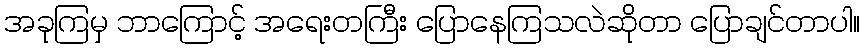
အခုကြမှ ဘာကြောင့် အရေးတကြီး ပြောနေကြသလဲဆိုတာ ပြောချင်တာပါ။